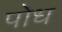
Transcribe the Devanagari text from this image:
पोध